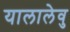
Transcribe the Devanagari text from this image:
यालालेवु